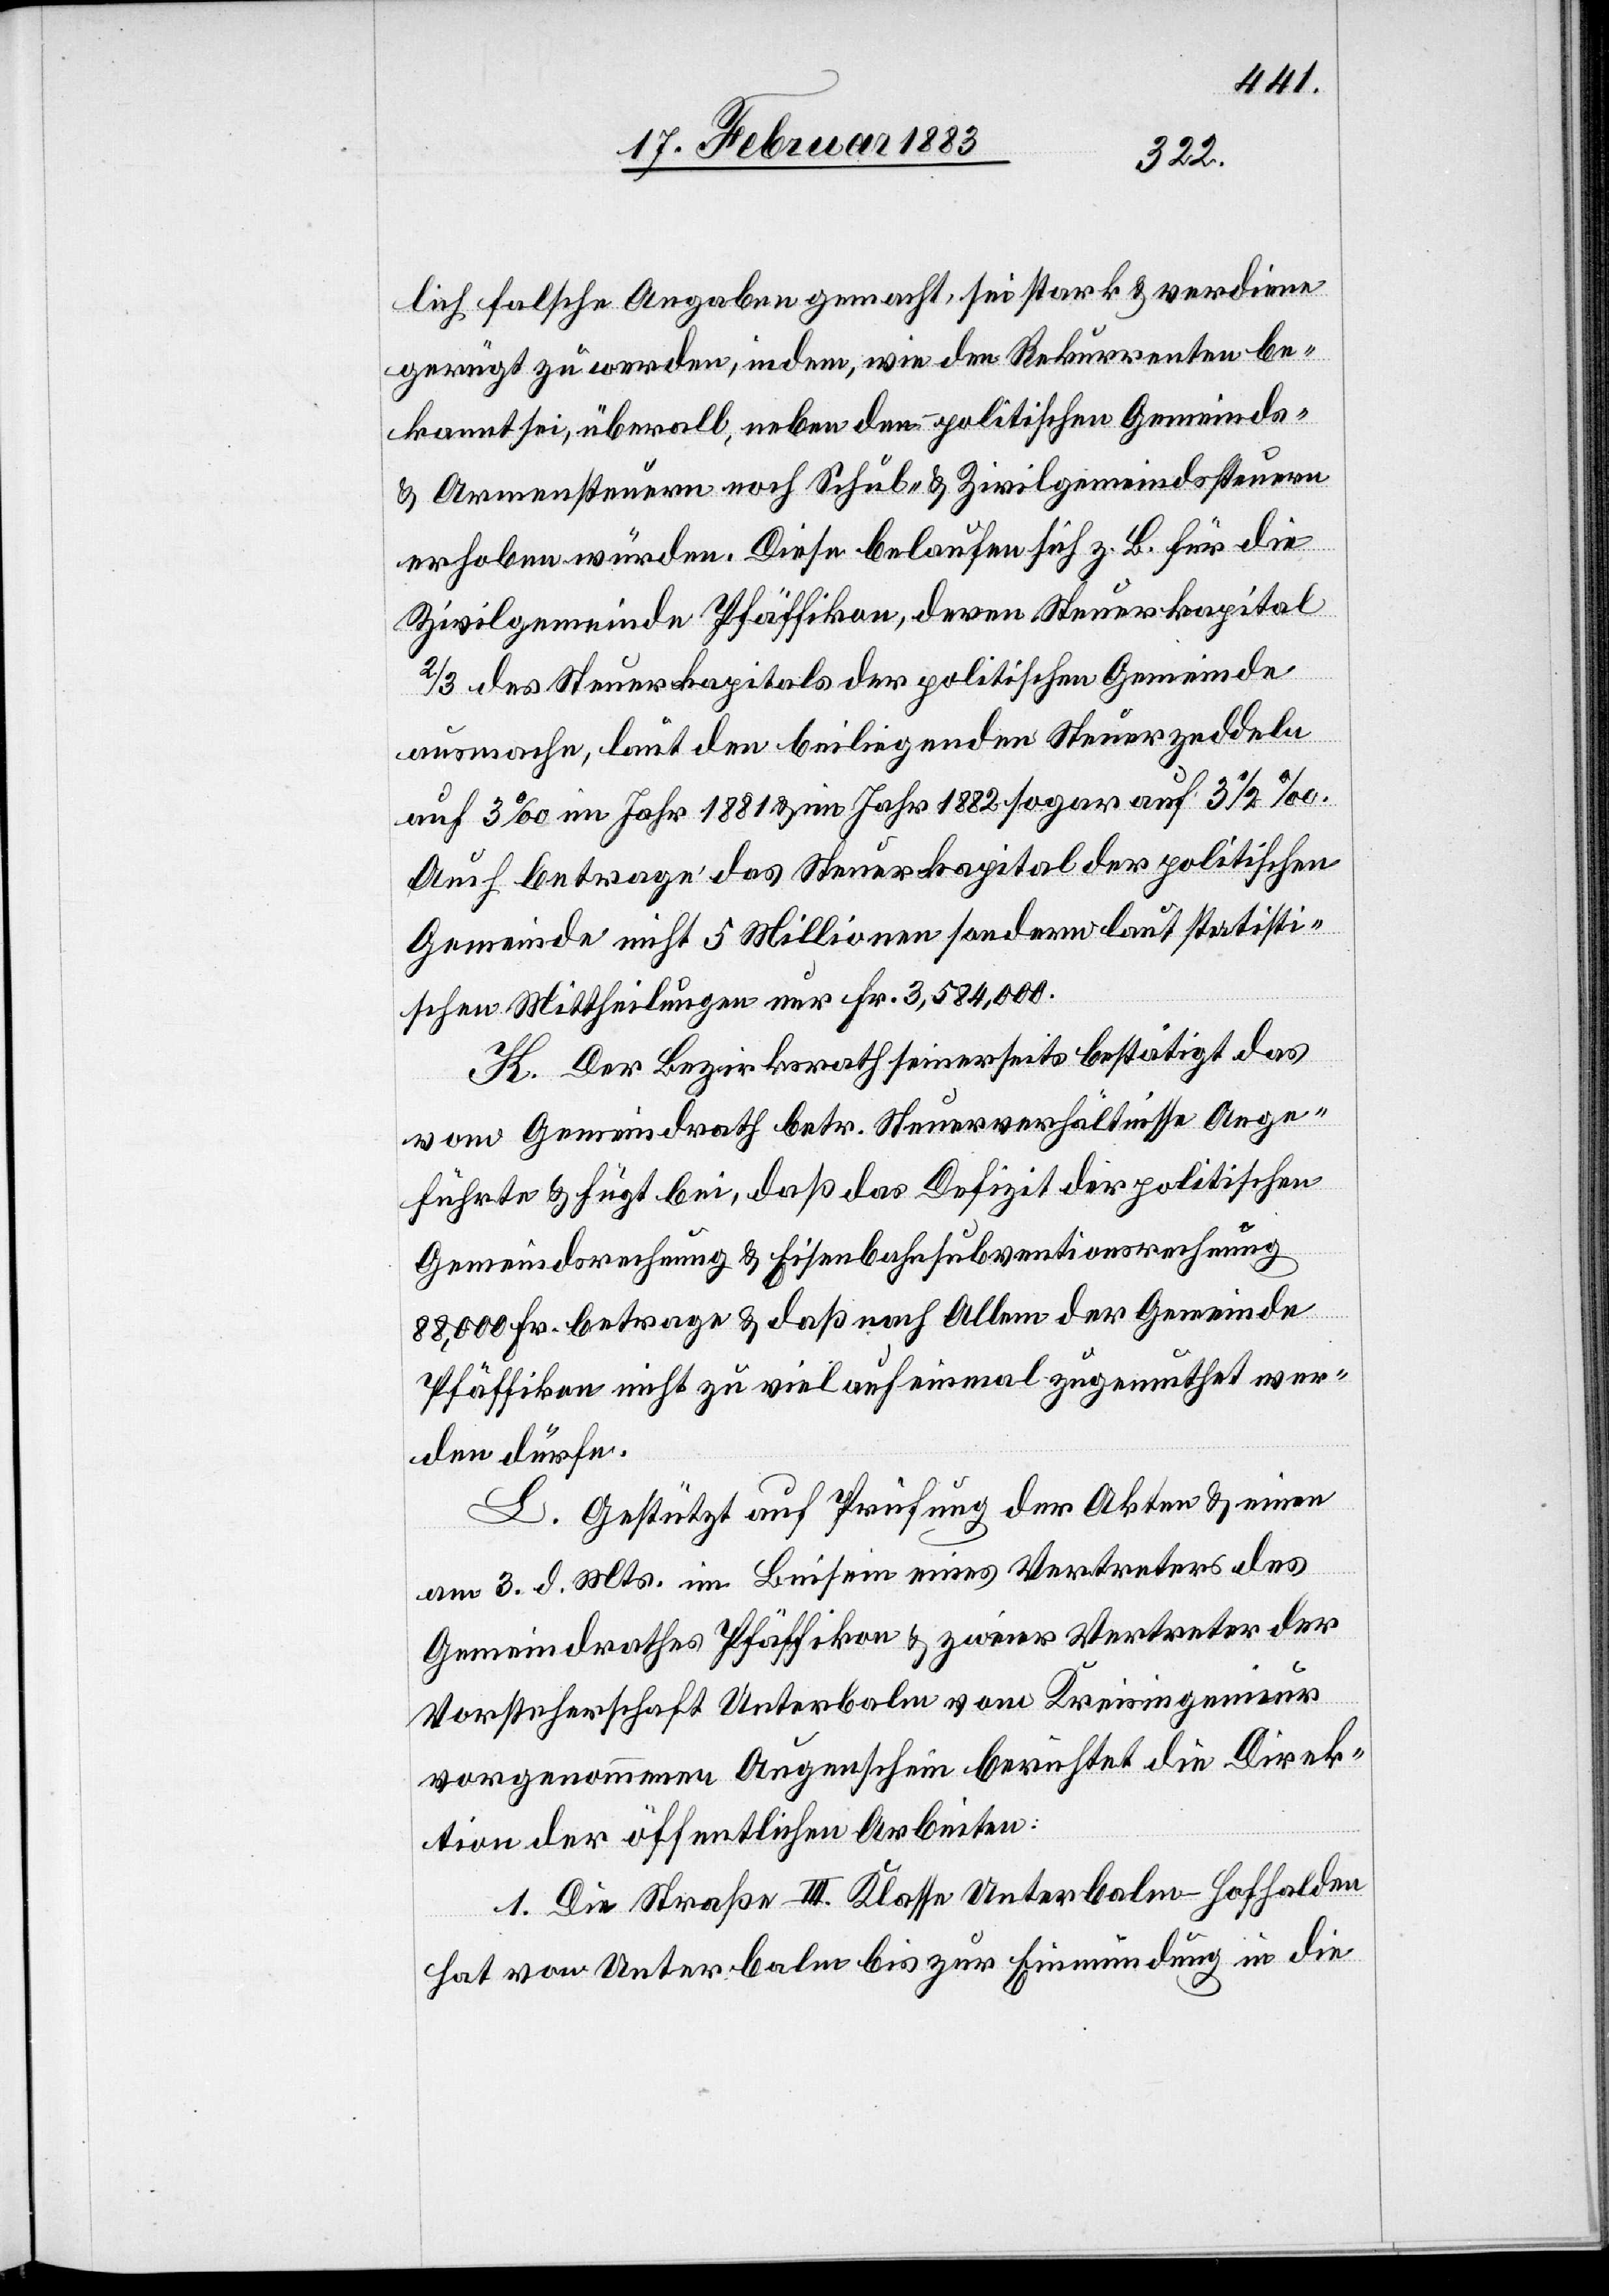
lich falsche Angaben gemacht, sei stark & verdiene
gerügt zu werden, indem, wie den Rekurrenten be¬
kannt sei, überall, neben den politischen Gemeinds-
& Armensteuern noch Schul- & Zivilgemeindssteuern
erhoben würden. Diese belaufen sich z. B. für die
Zivilgemeinde Pfäffikon, deren Steuerkapital
2/3 des Steuerkapitals der politischen Gemeinde
ausmache, laut den beiliegenden Steuerzeddeln
auf 3‰ im Jahr 1881 & im Jahr 1882 sogar auf 3 1/2‰.
Auch betrage das Steuerkapital der politischen
Gemeinde nicht 5 Millionen sondern laut statisti¬
schen Mittheilungen nur Fr. 3,584,000.
K. Der Bezirksrath seinerseits bestätigt das
vom Gemeindrath betr. Steuerverhältnisse Ange¬
führte & fügt bei, daß das Defizit der politischen
Gemeindsrechnung & Eisenbahnsubventionsrechnung
88,000 Fr. betrage & daß nach Allem der Gemeinde
Pfäffikon nicht zu viel auf einmal zugemuthet wer¬
den dürfe.
L. Gestützt auf Prüfung der Akten & einen
am 3. d. Mts. im Beisein eines Vertreters des
Gemeindrathes Pfäffikon & zweier Vertreter der
Vorsteherschaft Unterbalm vom Kreisingenieur
vorgenommenen Augenschein berichtet die Direk¬
tion der öffentlichen Arbeiten:
1. Die Straße III. Klasse Unterbalm–Hofhalden
hat von Unterbalm bis zur Einmündung in die